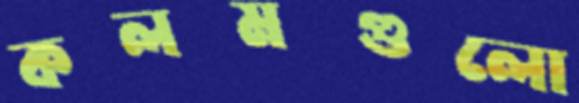
কলমগুলো